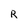
Character: R